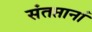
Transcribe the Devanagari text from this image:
संतप्तानां